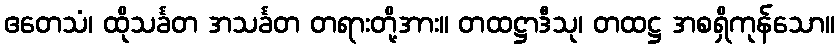
ဧတေသံ၊ ထိုသင်္ခတ အသင်္ခတ တရားတို့အား။ တထဋ္ဌာဒီသု၊ တထဋ္ဌ အစရှိကုန်သော။